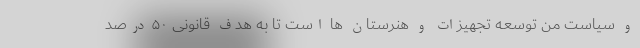
و سیاست من توسعه تجهیزات و هنرستان ها است تا به هدف قانونی ۵۰ درصد